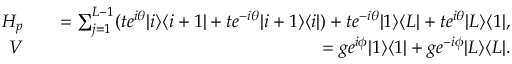
\begin{array} { r l r } { H _ { p } } & { { } } & { = \sum _ { j = 1 } ^ { L - 1 } ( t e ^ { i \theta } | i \rangle \langle i + 1 | + t e ^ { - i \theta } | i + 1 \rangle \langle i | ) + t e ^ { - i \theta } | 1 \rangle \langle L | + t e ^ { i \theta } | L \rangle \langle 1 | , } \\ { V } & { { } } & { = g e ^ { i \phi } | 1 \rangle \langle 1 | + g e ^ { - i \phi } | L \rangle \langle L | . } \end{array}